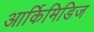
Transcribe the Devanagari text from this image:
आर्किमिडिज